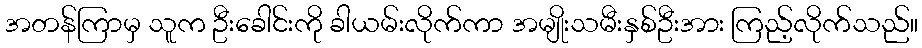
အတန်ကြာမှ သူက ဦးခေါင်းကို ခါယမ်းလိုက်ကာ အမျိုးသမီးနှစ်ဦးအား ကြည့်လိုက်သည်။